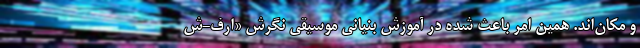
و مکان‌اند. همین امر باعث شده در آموزش بنیانی موسیقی نگرش «اُرف-ش